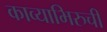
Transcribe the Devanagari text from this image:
काव्याभिरुची